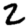
Digit: 2